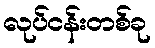
လုပ်ငန်းတစ်ခု